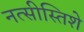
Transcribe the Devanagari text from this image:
नत्सीस्तिशे